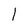
Character: l